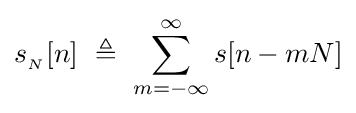
s_{_{N}}[n]\ \triangleq \ \sum _{m=-\infty }^{\infty }s[n-mN]